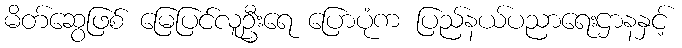
မိတ်ဆွေဖြစ် မြေပြင်လူဦးရေ ပြောပုံက ပြည်နယ်ပညာရေးဌာနနှင့်